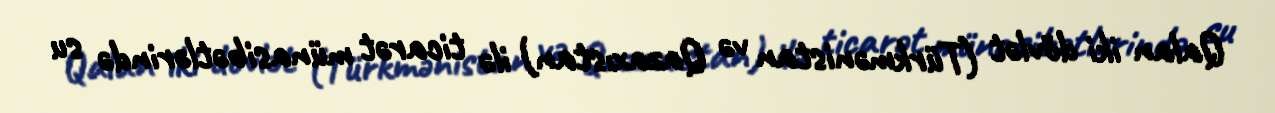
Qalan iki dövlət (Türkmənistan və Qazaxıstan) ilə ticarət münasibətlərində su